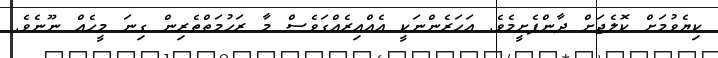
ކިޔެވުމަށް ކޮލެޖަށް ދާންފެށީމެވެ. އަހަރެންނަކީ އެއްއިރެއްގަވެސް މާ ރަހުމަތްތެރިން ގިނަ މީހެއް ނޫނެވެ.